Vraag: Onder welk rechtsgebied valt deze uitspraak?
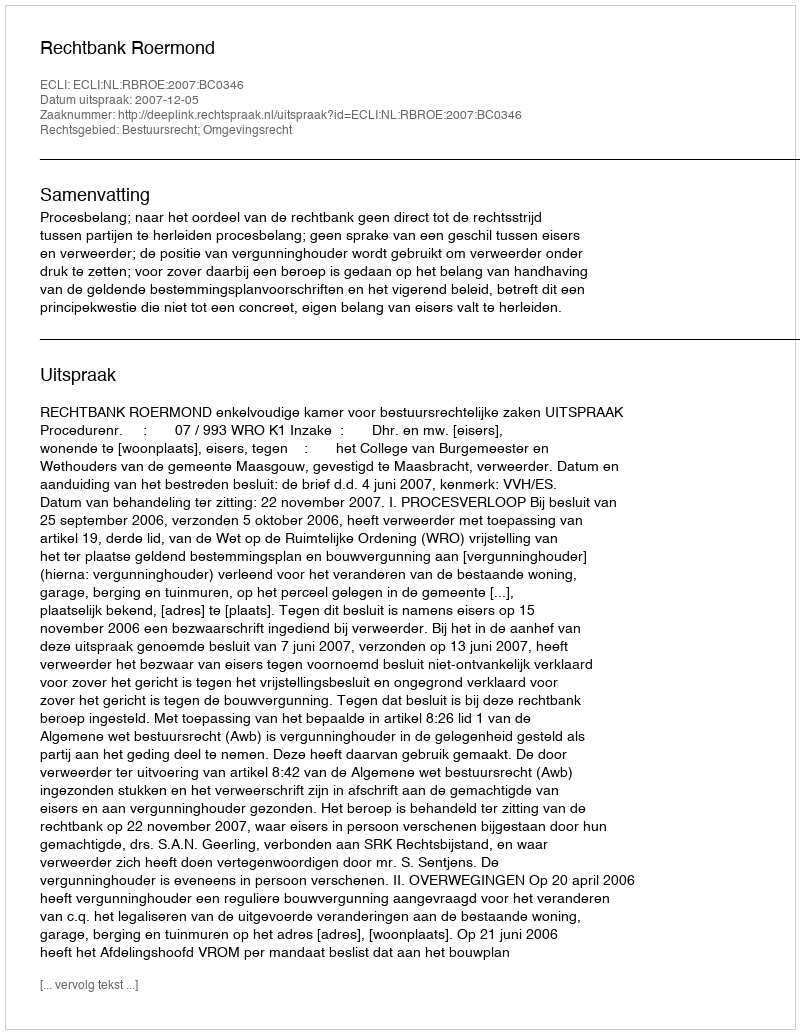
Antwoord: Bestuursrecht; Omgevingsrecht